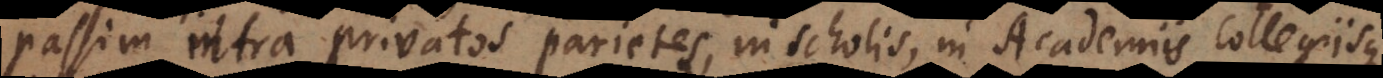
passim intra privatos parietes, in scholis, in Academiis Collegiisque,